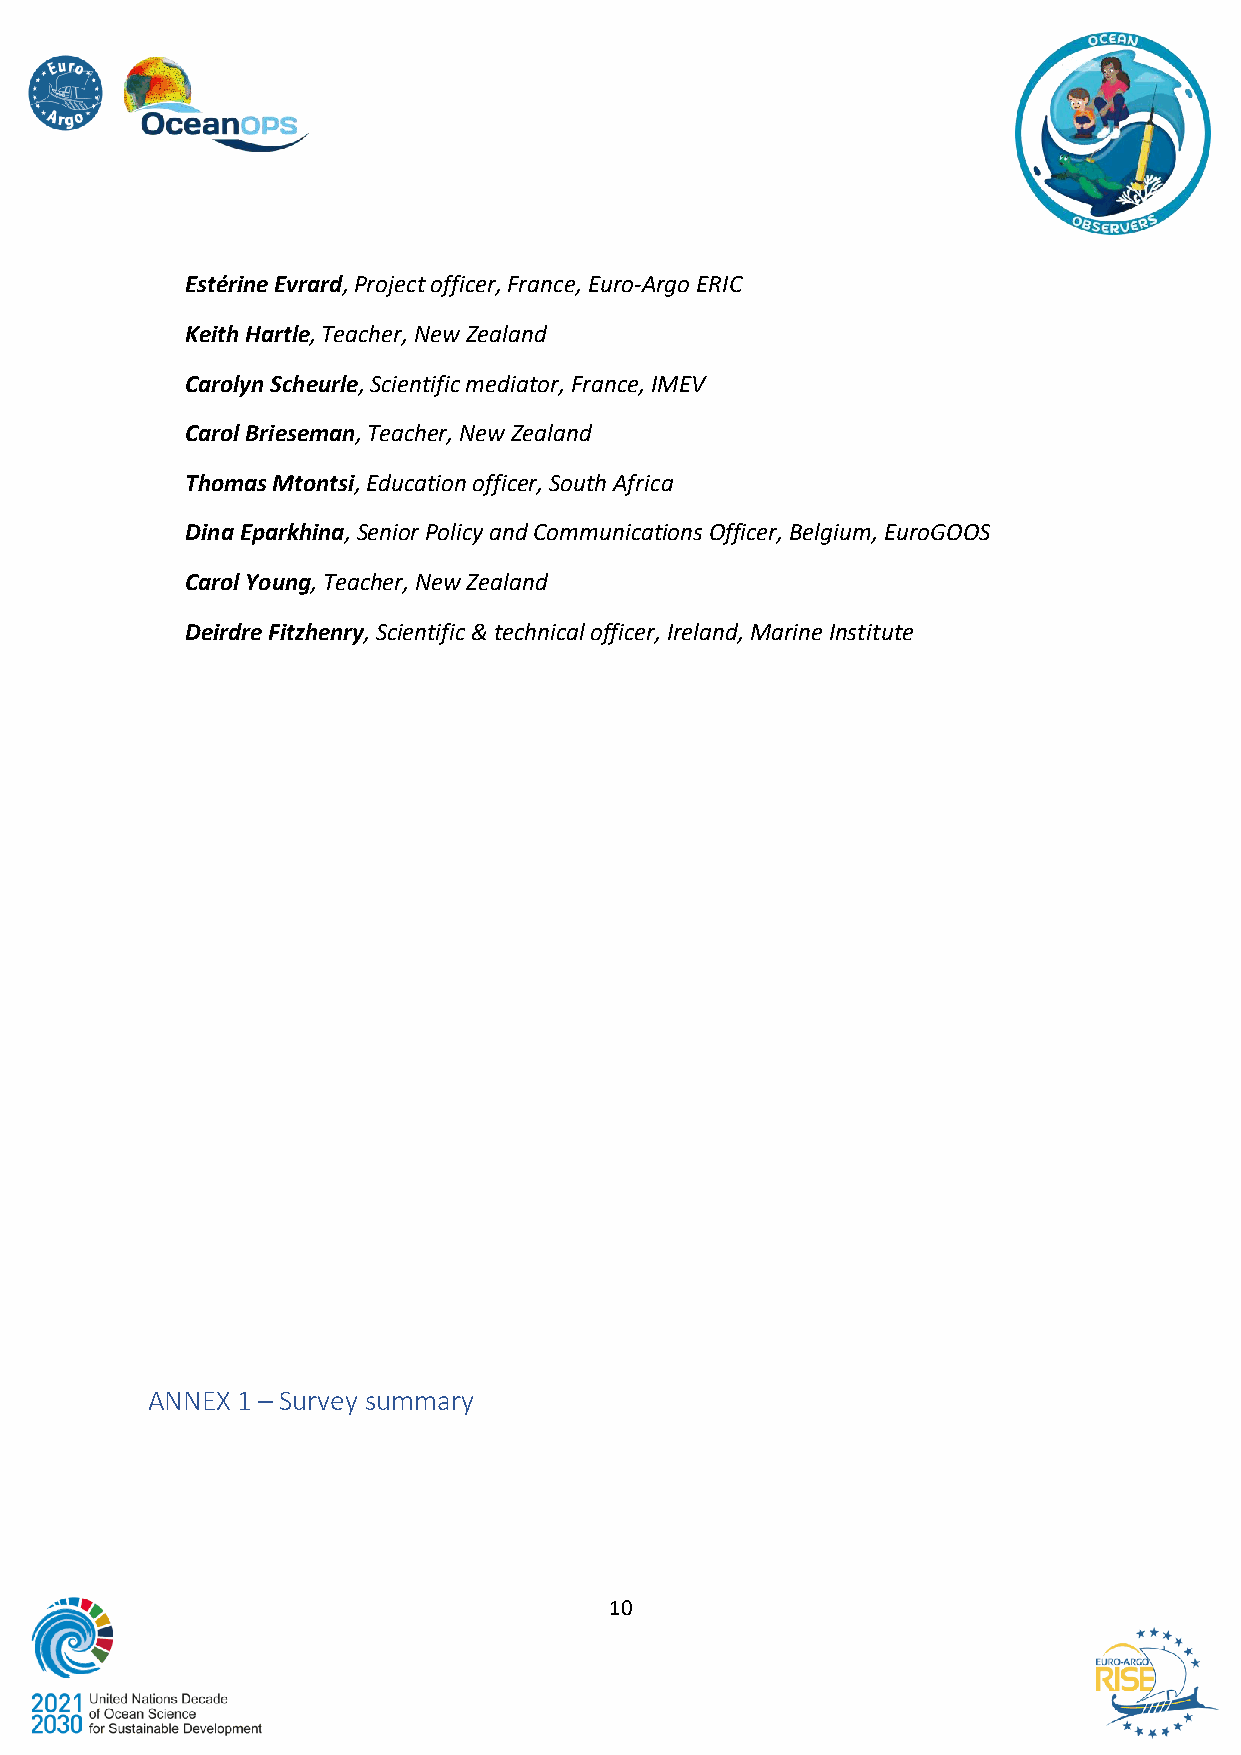
Estérine Evrard, Project officer, France, Euro-Argo ERIC
 Keith Hartle, Teacher, New Zealand
 Carolyn Scheurle, Scientific mediator, France, IMEV
 Carol Brieseman, Teacher, New Zealand
 Thomas Mtontsi, Education officer, South Africa
 Dina Eparkhina, Senior Policy and Communications Officer, Belgium, EuroGOOS
 Carol Young, Teacher, New Zealand
 Deirdre Fitzhenry, Scientific & technical officer, Ireland, Marine Institute
 ANNEX 1 – Survey summary
 10